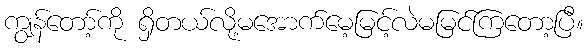
ကျွန်တော့်ကို ရှိတယ်လို့မအောက်မေ့မြင့်လဲမမြင်ကြတော့ပြီ။